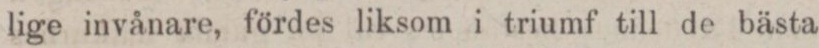
lige invånare, fördes liksom i triumf till de bästa